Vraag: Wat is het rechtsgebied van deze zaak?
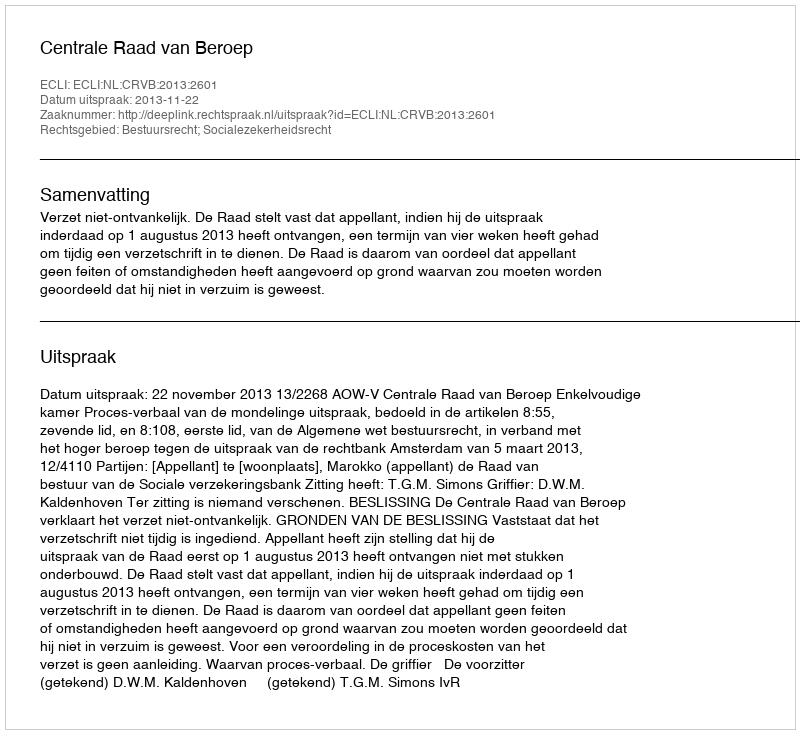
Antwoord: Bestuursrecht; Socialezekerheidsrecht